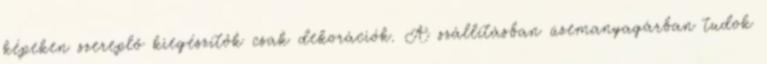
képeken szereplő kiegészítők csak dekorációk. A szállításban üzemanyagárban tudok